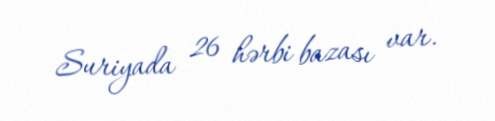
Suriyada 26 hərbi bazası var.